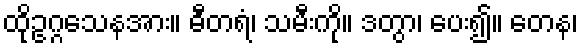
ထိုဥဂ္ဂသေနအား။ ဓီတရံ၊ သမီးကို။ ဒတွာ၊ ပေး၍။ တေန၊